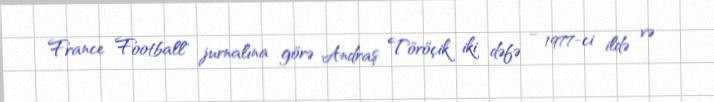
France Football" jurnalına görə Andraş Töröçik iki dəfə – 1977-ci ildə və